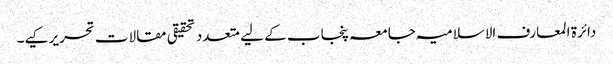
دائرۃ المعارف الاسلامیہ جامعہ پنجاب کے لیے متعدد تحقیقی مقالات تحریر کیے۔